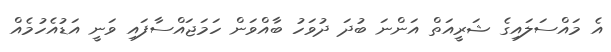
އެ މައްސަލައިގެ ޝަރީއަތް އަންނަ ބުދަ ދުވަހު ބާއްވަން ހަމަޖައްސާފައި ވަނީ އަޑުއެހުމެއް